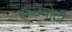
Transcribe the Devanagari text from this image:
इच्छेपोटी